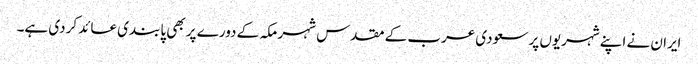
ایران نے اپنے شہریوں پر سعودی عرب کے مقدس شہر مکہ کے دورے پر بھی پابندی عائد کردی ہے۔